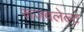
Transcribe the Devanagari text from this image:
रूजवलेल्ट